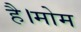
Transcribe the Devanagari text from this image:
है।मोम